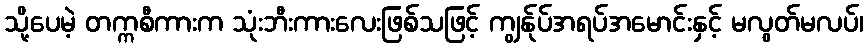
သို့ပေမဲ့ တက္ကစီကားက သုံးဘီးကားလေးဖြစ်သဖြင့် ကျွန်ုပ်အရပ်အမောင်းနှင့် မလွတ်မလပ်၊